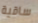
ساقية